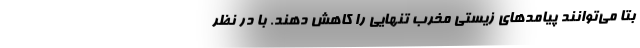
بتا می‌توانند پیامدهایِ زیستیِ مخربِ تنهایی را کاهش دهند. با در نظر